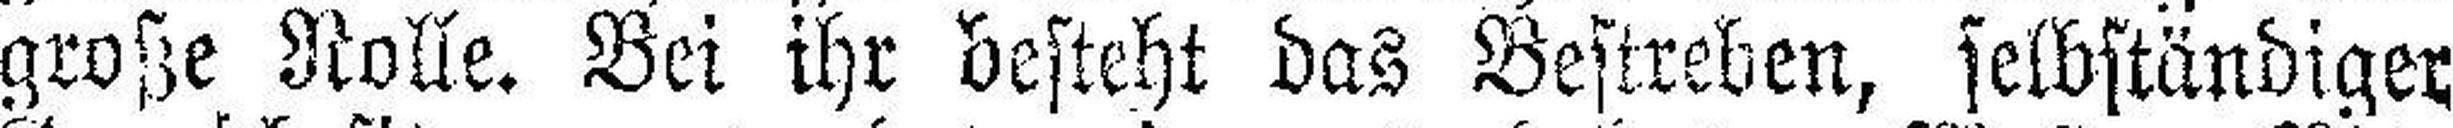
große Rolle. Bei ihr besteht das Bestreben, selbständiger